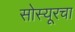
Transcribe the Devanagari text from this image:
सोस्यूरचा